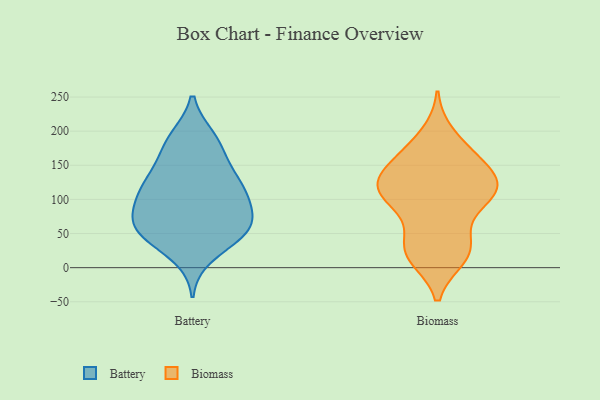
{"axis": {"x": "LTV (USD)", "y": "Value"}, "legend": ["Battery", "Biomass"], "data": [{"x": "", "y": 128, "type": "Battery"}, {"x": "", "y": 53, "type": "Battery"}, {"x": "", "y": 58, "type": "Battery"}, {"x": "", "y": 48, "type": "Battery"}, {"x": "", "y": 99, "type": "Battery"}, {"x": "", "y": 17, "type": "Battery"}, {"x": "", "y": 53, "type": "Battery"}, {"x": "", "y": 119, "type": "Battery"}, {"x": "", "y": 64, "type": "Battery"}, {"x": "", "y": 71, "type": "Battery"}, {"x": "", "y": 105, "type": "Battery"}, {"x": "", "y": 124, "type": "Battery"}, {"x": "", "y": 177, "type": "Battery"}, {"x": "", "y": 136, "type": "Battery"}, {"x": "", "y": 160, "type": "Battery"}, {"x": "", "y": 83, "type": "Battery"}, {"x": "", "y": 191, "type": "Battery"}, {"x": "", "y": 44, "type": "Battery"}, {"x": "", "y": 191, "type": "Battery"}, {"x": "", "y": 96, "type": "Battery"}, {"x": "", "y": 21, "type": "Biomass"}, {"x": "", "y": 102, "type": "Biomass"}, {"x": "", "y": 174, "type": "Biomass"}, {"x": "", "y": 126, "type": "Biomass"}, {"x": "", "y": 104, "type": "Biomass"}, {"x": "", "y": 16, "type": "Biomass"}, {"x": "", "y": 115, "type": "Biomass"}, {"x": "", "y": 126, "type": "Biomass"}, {"x": "", "y": 58, "type": "Biomass"}, {"x": "", "y": 113, "type": "Biomass"}, {"x": "", "y": 194, "type": "Biomass"}, {"x": "", "y": 124, "type": "Biomass"}, {"x": "", "y": 30, "type": "Biomass"}, {"x": "", "y": 110, "type": "Biomass"}, {"x": "", "y": 24, "type": "Biomass"}, {"x": "", "y": 102, "type": "Biomass"}, {"x": "", "y": 161, "type": "Biomass"}, {"x": "", "y": 24, "type": "Biomass"}, {"x": "", "y": 154, "type": "Biomass"}, {"x": "", "y": 151, "type": "Biomass"}]}